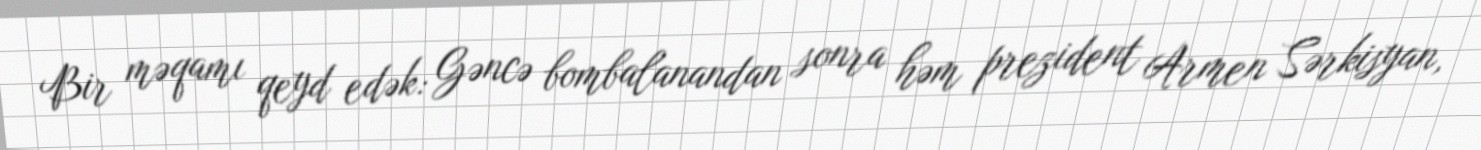
Bir məqamı qeyd edək: Gəncə bombalanandan sonra həm prezident Armen Sərkisyan,